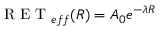
\mathrm { ~ R ~ E ~ T ~ } _ { e f f } ( R ) = A _ { 0 } e ^ { - \lambda R }